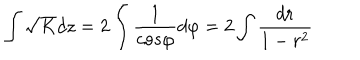
\int \sqrt { K } d z = 2 \int \frac { 1 } { c o s \varphi } d \varphi = 2 \int \frac { d r } { 1 - r ^ { 2 } }